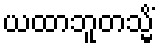
ယထာဘူတသ္မိံ